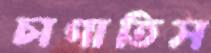
চাপাতিস